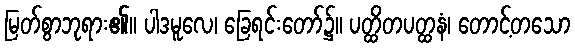
မြတ်စွာဘုရား၏။ ပါဒမူလေ၊ ခြေရင်းတော်၌။ ပတ္ထိတပတ္ထနံ၊ တောင့်တသော